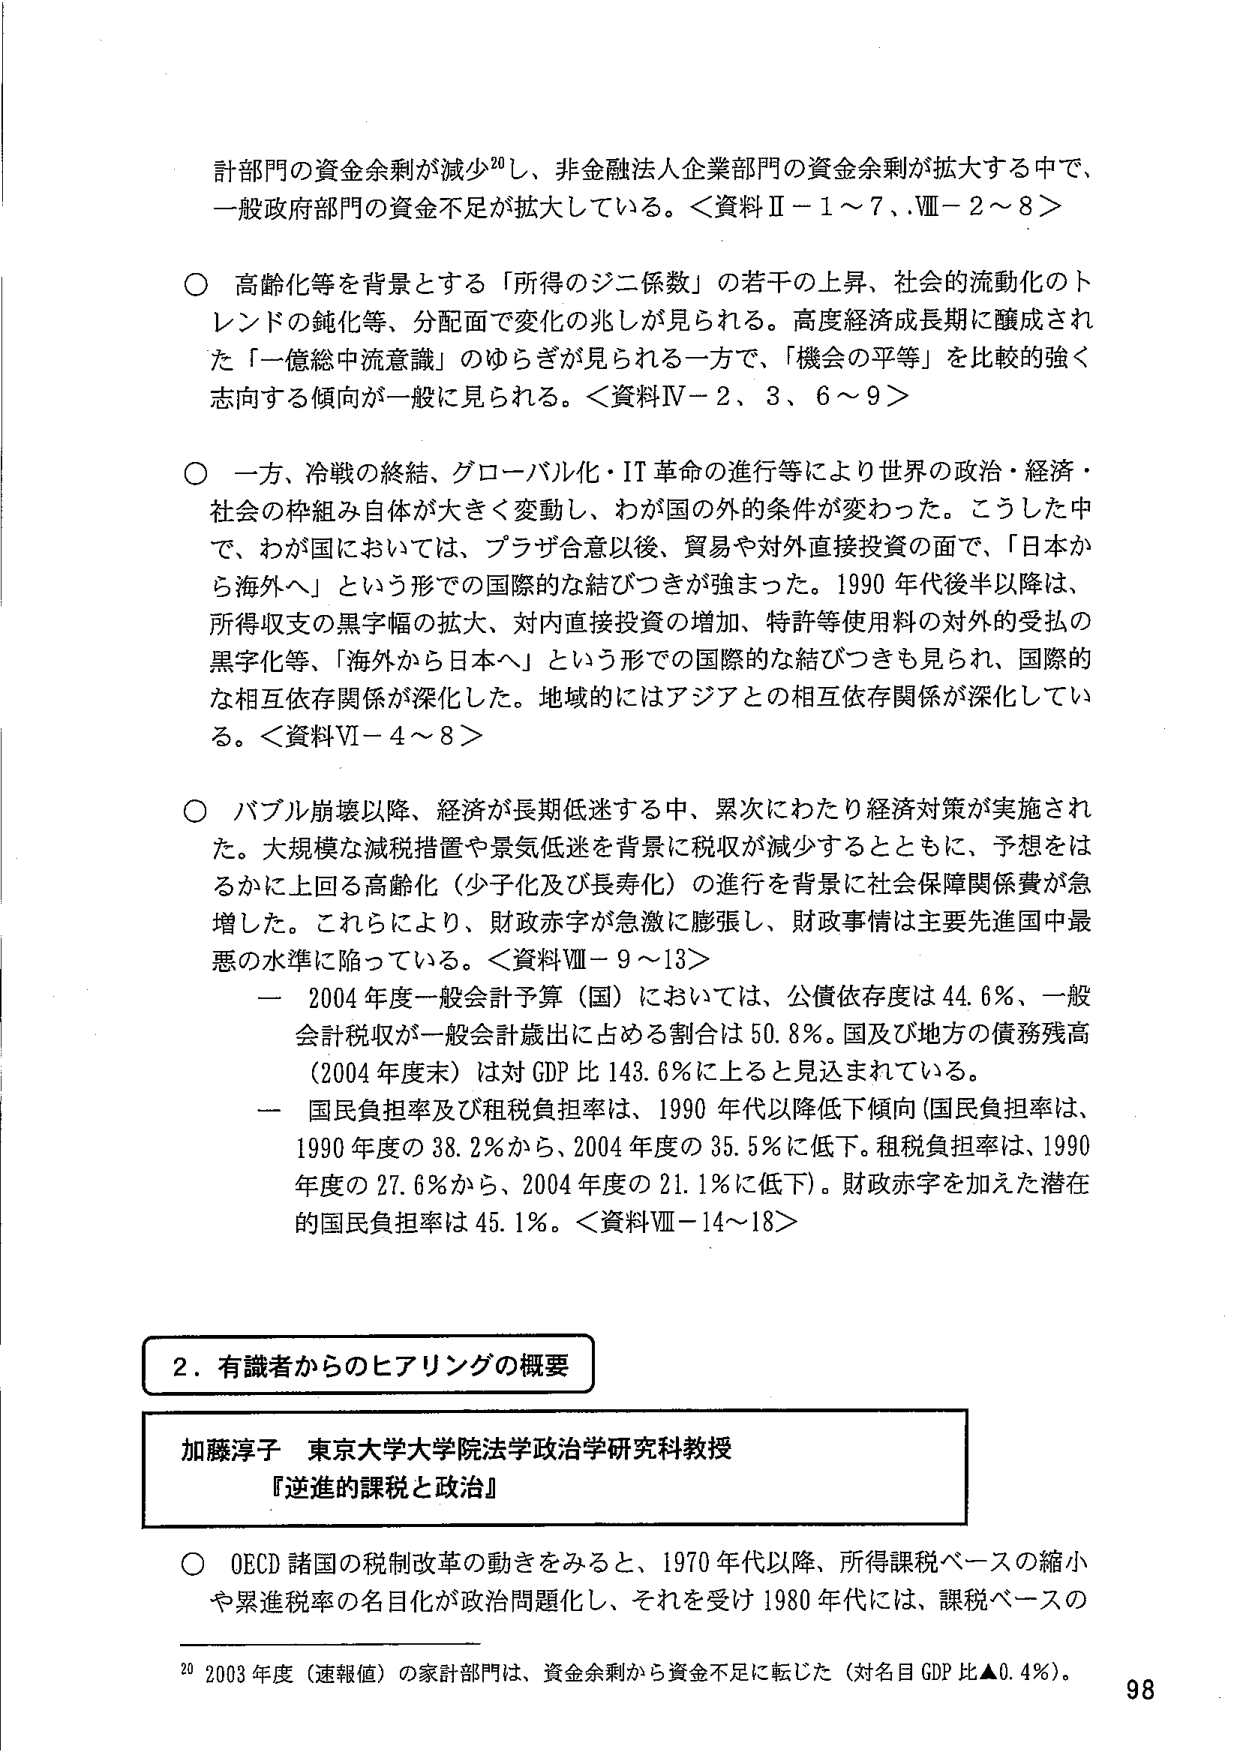
計部門の資金余剰が減少20し、非金融法人企業部門の資金余剰が拡大する中で、一般政府部門の資金不足が拡大している。＜資料Ⅱ－1～7、Ⅷ－2～8＞

○ 高齢化等を背景とする「所得のジニ係数」の若干の上昇、社会的流動化のトレンドの鈍化等、分配面で変化の兆しが見られる。高度経済成長期に醸成された「一億総中流意識」のゆらぎが見られる一方で、「機会の平等」を比較的強く志向する傾向が一般に見られる。＜資料Ⅳ－2、3、6～9＞

○ 一方、冷戦の終結、グローバル化・IT革命の進行等により世界の政治・経済・社会の枠組み自体が大きく変動し、わが国の外的条件が変わった。こうした中で、わが国においては、プラザ合意以後、貿易や対外直接投資の面で、「日本から海外へ」という形での国際的な結びつきが強まった。1990年代後半以降は、所得収支の黒字幅の拡大、対内直接投資の増加、特許等使用料の対外的受払の黒字化等、「海外から日本へ」という形での国際的な結びつきも見られ、国際的な相互依存関係が深化した。地域的にはアジアとの相互依存関係が深化している。＜資料Ⅵ－4～8＞

○ バブル崩壊以降、経済が長期低迷する中、累次にわたり経済対策が実施された。大規模な減税措置や景気低迷を背景に税収が減少するとともに、予想をはるかに上回る高齢化（少子化及び長寿化）の進行を背景に社会保障関係費が急増した。これらにより、財政赤字が急激に膨張し、財政事情は主要先進国中最悪の水準に陥っている。＜資料Ⅷ－9～13＞

　　－ 2004年度一般会計予算（国）においては、公債依存度は44.6％、一般会計税収が一般会計歳出に占める割合は50.8％。国及び地方の債務残高（2004年度末）は対GDP比143.6％に上ると見込まれている。

　　－ 国民負担率及び租税負担率は、1990年代以降低下傾向（国民負担率は、1990年度の38.2％から、2004年度の35.5％に低下。租税負担率は、1990年度の27.6％から、2004年度の21.1％に低下）。財政赤字を加えた潜在的国民負担率は45.1％。＜資料Ⅷ－14～18＞

2．有識者からのヒアリングの概要

加藤淳子 東京大学大学院法学政治学研究科教授
『逆進的課税と政治』

○ OECD諸国の税制改革の動きをみると、1970年代以降、所得課税ベースの縮小や累進税率の名目化が政治問題化し、それを受けて1980年代には、課税ベースの

20 2003年度（速報値）の家計部門は、資金余剰から資金不足に転じた（対名目GDP比▲0.4％）。

98